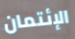
الإئتمان